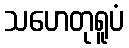
သဟေတုရူပံ